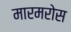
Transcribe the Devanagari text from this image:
मारमरोस